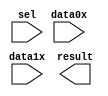
module ALU_MIN_MAX_MUX (
	data0x,
	data1x,
	sel,
	result);

	input	[31:0]  data0x;
	input	[31:0]  data1x;
	input	  sel;
	output	[31:0]  result;

endmodule